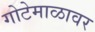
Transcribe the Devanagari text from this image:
गोटेमाळावर